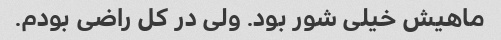
ماهیش خیلی شور بود. ولی در کل راضی بودم.